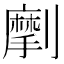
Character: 𠠒